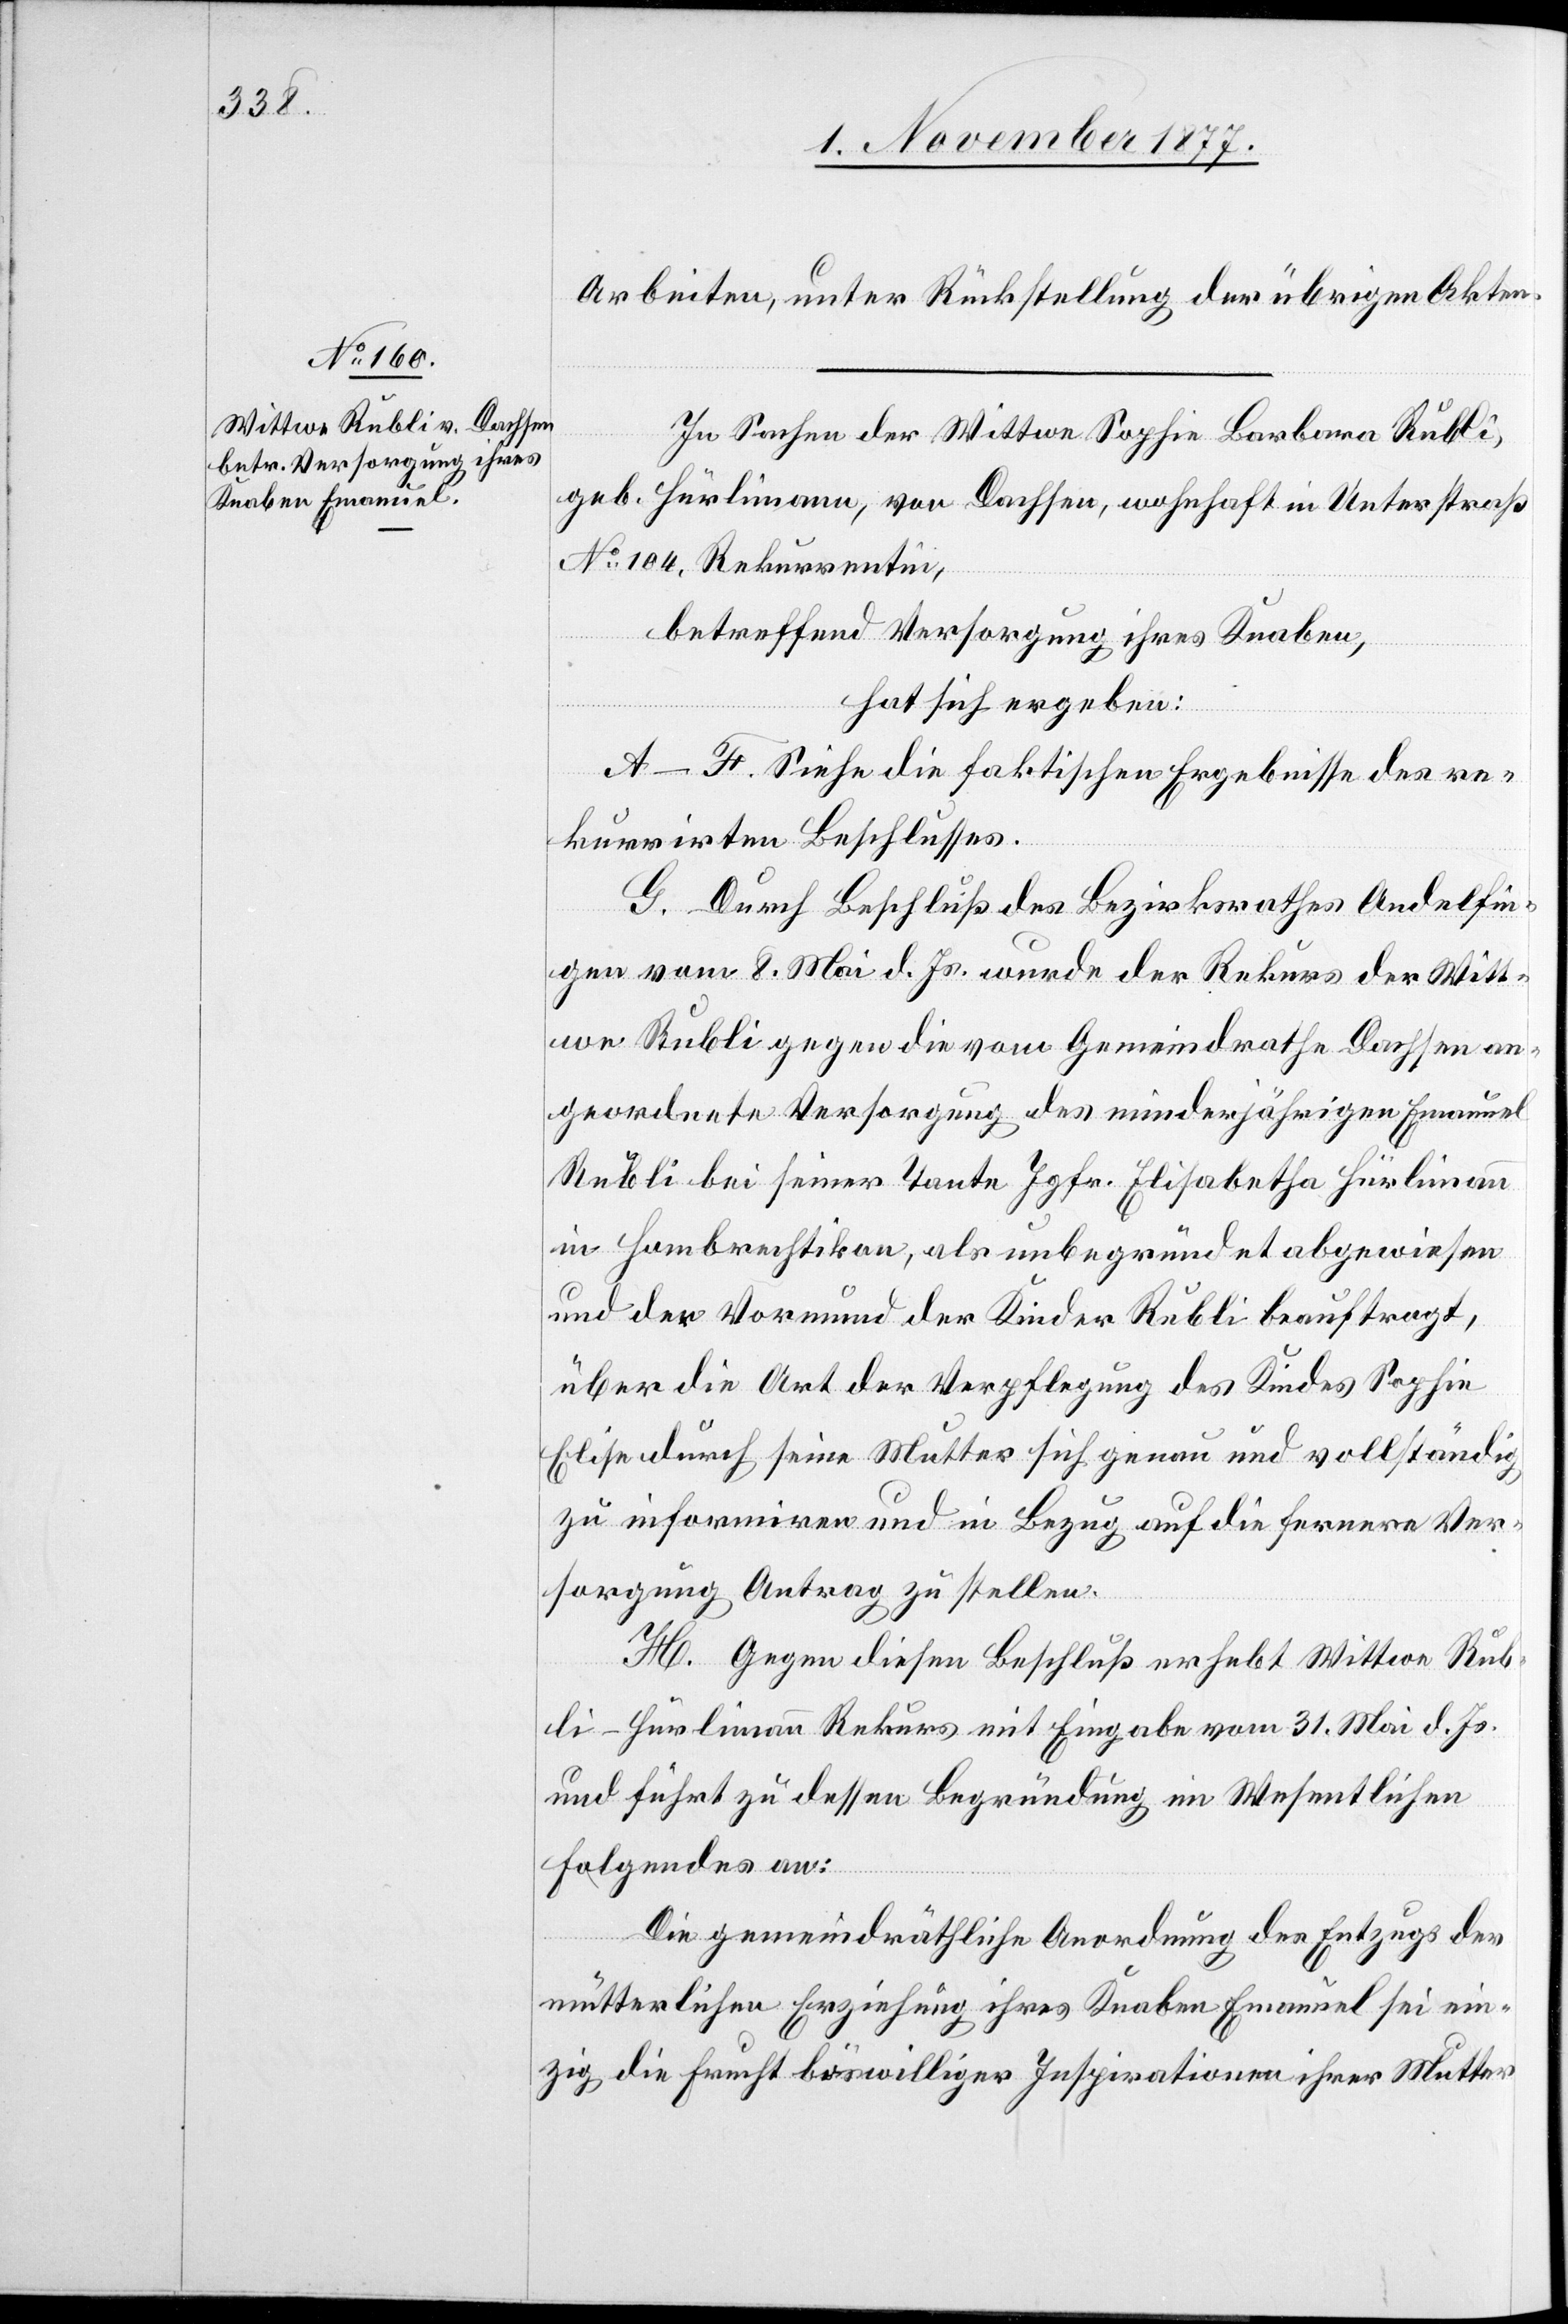
Arbeiten, unter Rückstellung der übrigen Akten.
In Sachen der Wittwe Sophie Barbara Rubli,
geb. Hürlimann, von Dachsen, wohnhaft in Unterstraß
No 104, Rekurrentin,
betreffend Versorgung ihres Knaben,
hat sich ergeben:
A–F. Siehe die faktischen Ergebnisse des re¬
kurrirten Beschlusses.
G. Durch Beschluß des Bezirksrathes Andelfin¬
gen vom 8. Mai d. Js. wurde der Rekurs der Witt¬
we Rubli gegen die vom Gemeindrathe Dachsen an¬
geordnete Versorgung des minderjährigen Emanuel
Rubli bei seiner Tante Jgfr. Elisabetha Hürlimann
in Hombrechtikon, als unbegründet abgewiesen
und der Vormund der Kinder Rubli beauftragt,
über die Art der Verpflegung des Kindes Sophie
Elise durch seine Mutter sich genau und vollständig
zu informiren und in Bezug auf die fernere Ver¬
sorgung Antrag zu stellen.
H. Gegen diesen Beschluß erhebt Wittwe Rub¬
li-Hürlimann Rekurs mit Eingabe vom 31. Mai d. Js.
und führt zu dessen Begründung im Wesentlichen
Folgendes an:
Die gemeindräthliche Anordnung des Entzugs der
mütterlichen Erziehung ihres Knaben Emanuel sei ein¬
zig die Frucht böswilliger Inspirationen ihrer Mutter